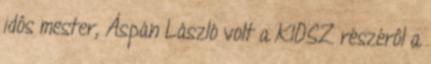
idôs mester, Áspán László volt a KIOSZ részérôl a